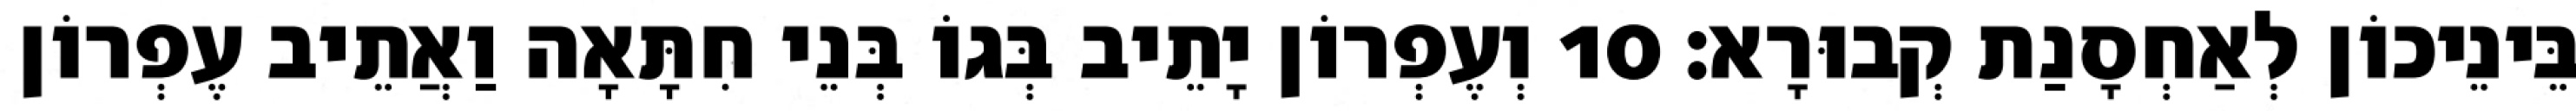
בֵּינֵיכוֹן לְאַחְסָנַת קְבוּרָא׃ 10 וְעֶפְרוֹן יָתֵיב בְּגוֹ בְּנֵי חִתָּאָה וַאֲתֵיב עֶפְרוֹן